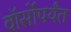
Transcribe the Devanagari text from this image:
वॉर्सोपर्यंत